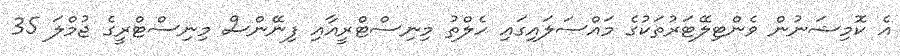
އެ ކޮމިޝަނުން ވެންޓިލޭޓަރުތަކުގެ މައްސަލައިގައި ހެލްތު މިނިސްޓްރީއާއި ފިނޭންސް މިނިސްޓްރީގެ ޖުމްލަ 35